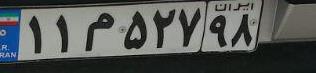
۱۱م۵۲۷۹۸